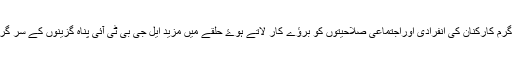
اس ورکشاپ کا مقصد ایل جی بی ٹی آئی پناہ گزینوں کے سر گرم کارکنان کی انفرادی اوراجتماعی صلاحیتوں کو برؤے کار لاتے ہوۓ حلقے میں مزید ایل جی بی ٹی آئی پناہ گزینوں کے سر گرم کارکنان کو رابطے میں لانے کی ضرورت پر غور کیا گیا۔